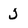
Character: J